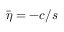
\bar { \eta } = - c / s